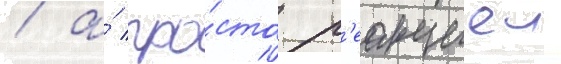
/ а́ про́сто р'еакциеи